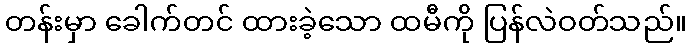
တန်းမှာ ခေါက်တင် ထားခဲ့သော ထမီကို ပြန်လဲဝတ်သည်။